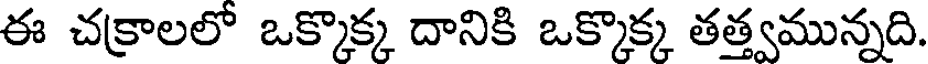
ఈ చక్రాలలో ఒక్కొక్క దానికి ఒక్కొక్క తత్త్వమున్నది.